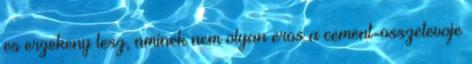
es erzekeny lesz, aminek nem olyan eros a cement-osszetevoje